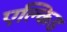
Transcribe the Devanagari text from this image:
एल्किड